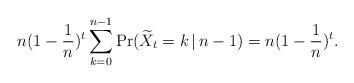
LaTeX: \begin{align*}n(1-\frac{1}{n})^t \sum_{k=0}^{n-1} \Pr(\widetilde{X}_t = k \,\vert\, n-1) = n(1-\frac{1}{n})^t.\end{align*}